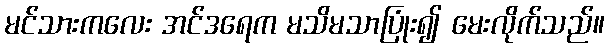
မင်သားကလေး အင်ဒရေက မသိမသာပြုံး၍ မေးလိုက်သည်။